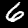
Digit: 6